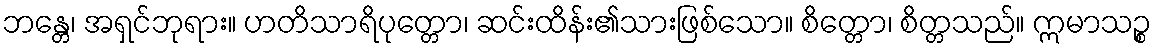
ဘန္တေ၊ အရှင်ဘုရား။ ဟတိသာရိပုတ္တော၊ ဆင်းထိန်း၏သားဖြစ်သော။ စိတ္တော၊ စိတ္တသည်။ ဣမာသဉ္စ